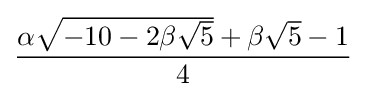
{\frac {\alpha {\sqrt {-10-2\beta {\sqrt {5}}}}+\beta {\sqrt {5}}-1}{4}}